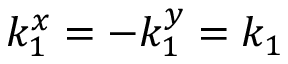
k _ { 1 } ^ { x } = - k _ { 1 } ^ { y } = k _ { 1 }